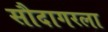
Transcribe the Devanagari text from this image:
सौदागरला